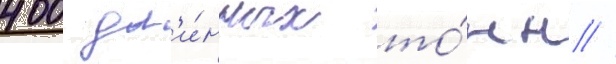
400 дл'и́нных то́нн //